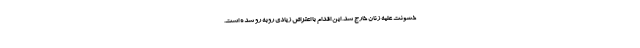
خشونت علیه زنان خارج شد. این اقدام با اعتراض زیادی روبه رو شده است.